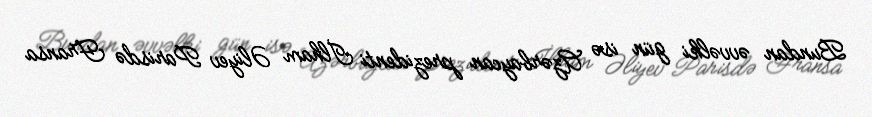
Bundan əvvəlki gün isə Azərbaycan prezidenti İlham Əliyev Parisdə Fransa